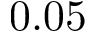
0 . 0 5